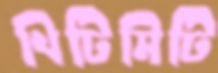
খিটিমিটি